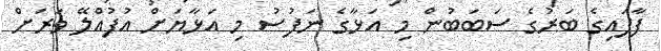
ފާފައިގެ ބަރުގެ ސަބަބުން މި އަޅާގެ ނަފުސު މި އަޅާޔަށް އުފުއްލޭ ވަރަށް